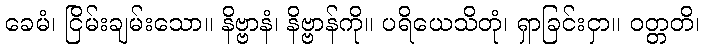
ခေမံ၊ ငြိမ်းချမ်းသော။ နိဗ္ဗာနံ၊ နိဗ္ဗာန်ကို။ ပရိယေသိတုံ၊ ရှာခြင်းငှာ။ ဝတ္တတိ၊